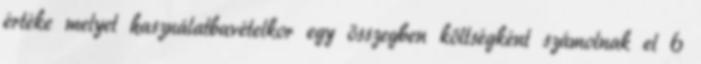
értéke melyet használatbavételkor egy összegben költségként számolnak el 6